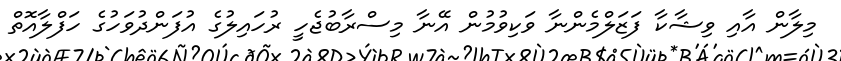
މިލާން އާއި ވިޝާކާ ފަޒަލްމެންނާ ވަކިވުމުން އޭނާ މިސްރާބުޖެހީ ރުހައިލުގެ އުފަންދުވަހުގެ ހަފްލާއޮތް